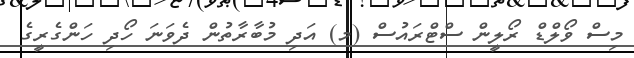
މިސް ވޯލްޑް ރޯލީން ސްޓްރައުސް (މ) އަދި މުބާރާތުން ދެވަނަ ހޯދި ހަންގެރީގެ